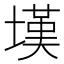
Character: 𰊚